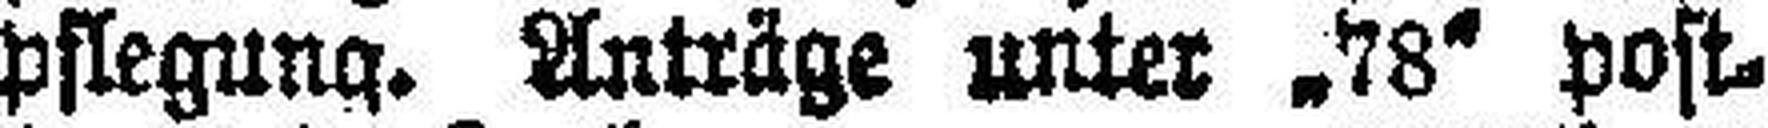
pflegung. Anträge unter „78“ post¬